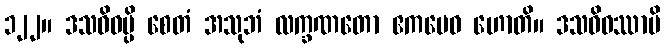
၁၂၂။ ဒသဝိဓမ္ပိ စေတံ အသုဘံ လက္ခဏတော ဧကမေဝ ဟောတိ။ ဒသဝိဓဿာပိ